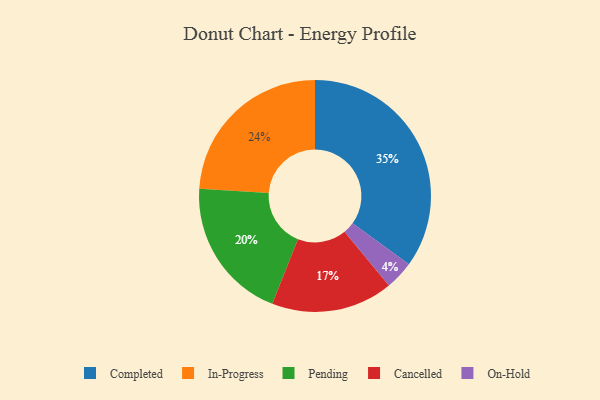
{"axis": {"x": "Category", "y": "Percentage"}, "legend": ["Cancelled", "Completed", "In-Progress", "On-Hold", "Pending"], "data": [{"x": "In-Progress", "y": 24, "type": "In-Progress"}, {"x": "Cancelled", "y": 17, "type": "Cancelled"}, {"x": "On-Hold", "y": 4, "type": "On-Hold"}, {"x": "Pending", "y": 20, "type": "Pending"}, {"x": "Completed", "y": 35, "type": "Completed"}]}